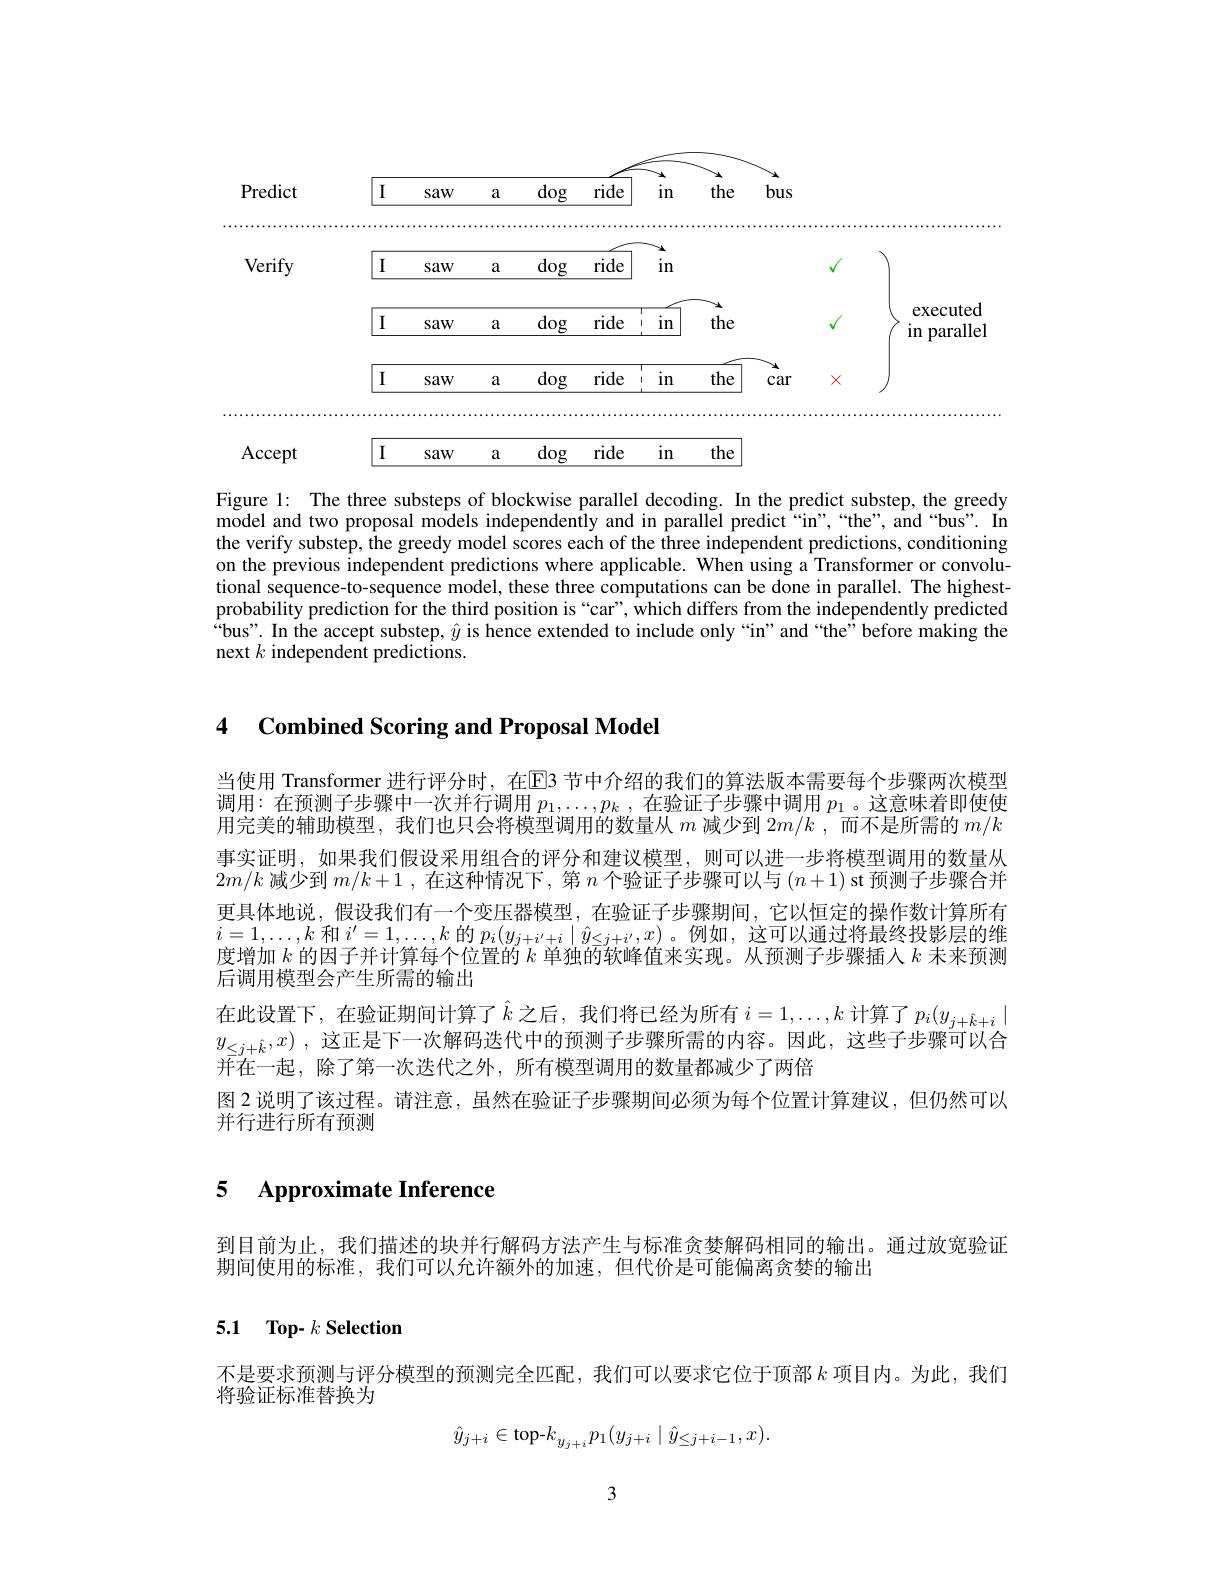
<FigureHere>

Figure 1: The three substeps of blockwise parallel decoding. In the predict substep, the greedy model and two proposal models independently and in parallel predict “in”,“the”, and“bus”. In the verify substep, the greedy model scores each of the three independent predictions, conditioning on the previous independent predictions where applicable. When using a Transformer or convolutional sequence-to-sequence model, these three computations can be done in parallel. The highestprobability prediction for the third position is “car”, which differs from the independently predicted “bus”. In the accept substep, $\hat{y}$ is hence extended to include only “in”and “the”before making the next $k$ independent predictions.

## 4 $\textbf{Combined Scoring and Proposal Model}$

当使用 Transformer 进行评分时，在$\overline{\mathrm{E}}$3 节中介绍的我们的算法版本需要每个步骤两次模型调用：在预测子步骤中一次并行调用$p_1,\ldots,p_k$ ,在验证子步骤中调用$p_1$ 。这意味着即使使用完美的辅助模型，我们也只会将模型调用的数量从$m$减少到$2m/k$,而不是所需的$m/k$ 事实证明，如果我们假设采用组合的评分和建议模型，则可以进一步将模型调用的数量从$2m/k$减少到$m/k+1$ ,在这种情况下，第$n$个验证子步骤可以与$(n+1)$ st 预测子步骤合并更具体地说，假设我们有一个变压器模型，在验证子步骤期间，它以恒定的操作数计算所有$i=1,\ldots,k$和$i^\prime=1,\ldots,k$的$p_i(y_{j+i^{\prime}+i}\mid\hat{y}_{\leq j+i^{\prime}},x)$。例如，这可以通过将最终投影层的维度增加$k$的因子并计算每个位置的$k$单独的软峰值来实现。从预测子步骤插人$k$未来预测后调用模型会产生所需的输出
在此设置下，在验证期间计算了$\hat{k}$之后，我们将已经为所有$i=1,\ldots,k$计算了$p_i(y_{j+\hat{k}+i}|$ $y_{\leq j+ \hat{k} }, x)$ , 这正是下一次解码迭代中的预测子步骤所需的内容。因此，这些子步骤可以合$\bar{\text{并在一起，除了第一次迭代之外，所有模型调用的数量都减少了两倍}}$
图 2 说明了该过程。请注意，虽然在验证子步骤期间必须为每个位置计算建议，但仍然可以
并行进行所有预测

## 5 Approximate Inference

到目前为止，我们描述的块并行解码方法产生与标准贪婪解码相同的输出。通过放宽验证
期间使用的标准，我们可以允许额外的加速，但代价是可能偏离贪婪的输出

## 5.1 Top- $k\textbf{Selection}$

不是要求预测与评分模型的预测完全匹配，我们可以要求它位于顶部$k$项目内。为此，我们
将验证标准替换为
$$\hat{y}_{j+i}\in\text{top-}k_{y_{j+i}}p_1(y_{j+i}\mid\hat{y}_{\leq j+i-1},x).$$
3